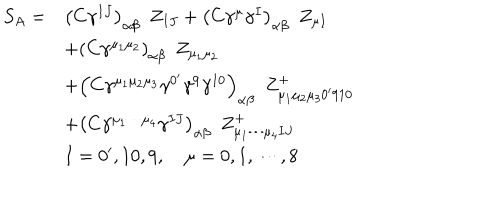
\begin{array} { l l } { { S _ { A } = } } & { { \left( C \gamma ^ { I J } \right) _ { \alpha \beta } \, \, \, Z _ { I J } + \left( C \gamma ^ { \mu } \gamma ^ { I } \right) _ { \alpha \beta } \, \, \, Z _ { \mu I } } } \\ { { } } & { { + \left( C \gamma ^ { \mu _ { 1 } \mu _ { 2 } } \right) _ { \alpha \beta } \, \, \, Z _ { \mu _ { 1 } \mu _ { 2 } } } } \\ { { } } & { { + \left( C \gamma ^ { \mu _ { 1 } \mu _ { 2 } \mu _ { 3 } } \gamma ^ { 0 ^ { \prime } } \gamma ^ { 9 } \gamma ^ { 1 0 } \right) _ { \alpha \beta } \, \, \, Z _ { \mu _ { 1 } \mu _ { 2 } \mu _ { 3 } 0 ^ { \prime } 9 1 0 } ^ { + } } } \\ { { } } & { { + \left( C \gamma ^ { \mu _ { 1 } \cdots \mu _ { 4 } } \gamma ^ { I J } \right) _ { \alpha \beta } \, \, \, Z _ { \mu _ { 1 } \cdots \mu _ { 4 } I J } ^ { + } } } \\ { { } } & { { I = 0 ^ { \prime } , 1 0 , 9 , \quad \mu = 0 , 1 , \cdots , 8 } } \\ \end{array}